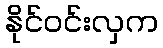
နိုင်ဝင်းလှက